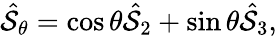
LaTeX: \begin{array}{r}{\hat{\cal S}_{\theta}=\cos\theta\hat{\cal S}_{2}+\sin\theta\hat{\cal S}_{3},}\end{array}